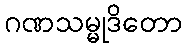
ဂဏသမ္မုဒိတော